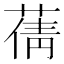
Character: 蒨